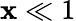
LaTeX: \mathbf{x}\ll1